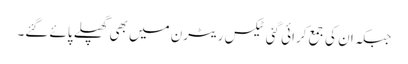
جبکہ ان کی جمع کرائی گئی ٹیکس ریٹرن میں بھی گھپلے پائے گئے۔